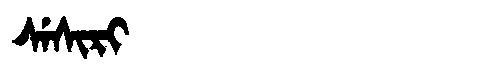
Manchu: ᠰᡝᠰᡳᡵᡳ
Romanization: SESIRI